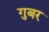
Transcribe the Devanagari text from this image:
गुबर